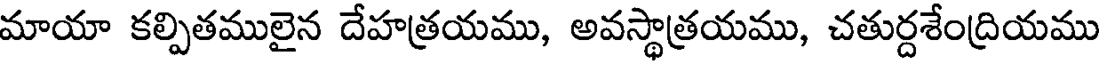
మాయా కల్పితములైన దేహత్రయము, అవస్థాత్రయము, చతుర్దశేంద్రియము